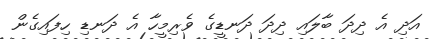
އަދި އެ ދިދަ ބާލައި ދިދަ ދަނޑީގެ ވެރިމީހާ އެ ދަނޑި ހިފައިގެން